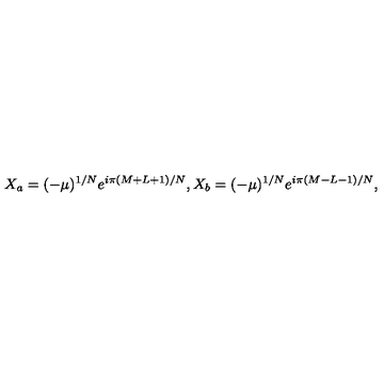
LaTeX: X _ { a } = ( - \mu ) ^ { 1 / N } e ^ { i \pi ( M + L + 1 ) / N } , X _ { b } = ( - \mu ) ^ { 1 / N } e ^ { i \pi ( M - L - 1 ) / N } ,